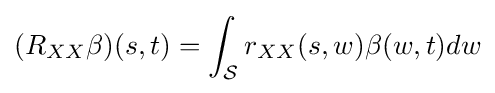
(R_{XX}\beta )(s,t)=\int _{\mathcal {S}}r_{XX}(s,w)\beta (w,t)dw